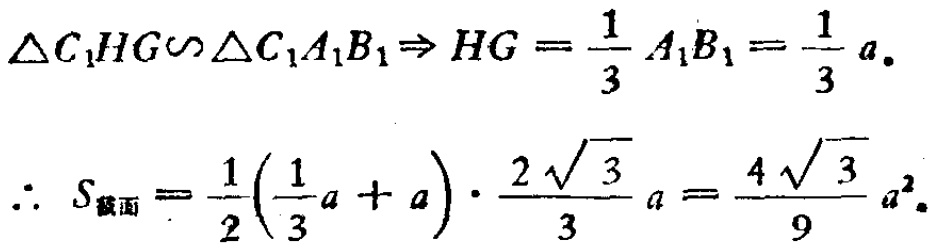
\(\triangle C_{1}HG\backsim\triangle C_{1}A_{1}B_{1}\Rightarrow HG = \frac{1}{3}A_{1}B_{1}=\frac{1}{3}a.\)

\(\therefore S_{截面}=\frac{1}{2}(\frac{1}{3}a + a)\cdot\frac{2\sqrt{3}}{3}a=\frac{4\sqrt{3}}{9}a^{2}.\)